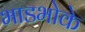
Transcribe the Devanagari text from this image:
भाडभोके